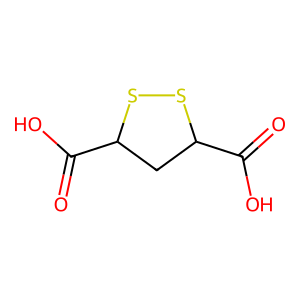
SMILES: O=C(O)C1CC(C(=O)O)SS1
Inhibits HIV replication: No